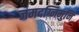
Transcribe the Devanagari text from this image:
जमदग्निमुनि